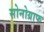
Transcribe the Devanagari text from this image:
सोनोग्राफ